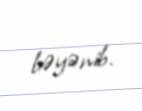
bəyənib.